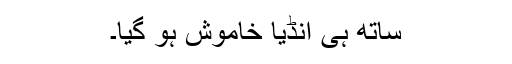
ساتھ ہی انڈیا خاموش ہو گیا۔